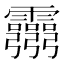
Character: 𩇃